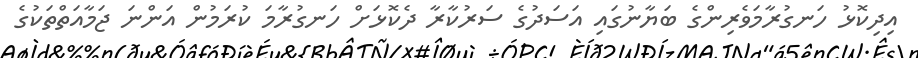
އިދިކޮޅު ހަނގުރާމަވެރިންގެ ބަޔާނުގައި އަސަދުގެ ސަރުކާރާ ދެކޮޅަށް ހަނގުރާމަ ކުރަމުން އަންނަ ޖަމާއަތްތަކުގެ